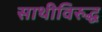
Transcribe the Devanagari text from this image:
साथीविरुद्ध